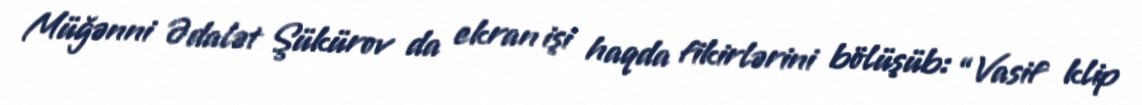
Müğənni Ədalət Şükürov da ekran işi haqda fikirlərini bölüşüb: “Vasif klip